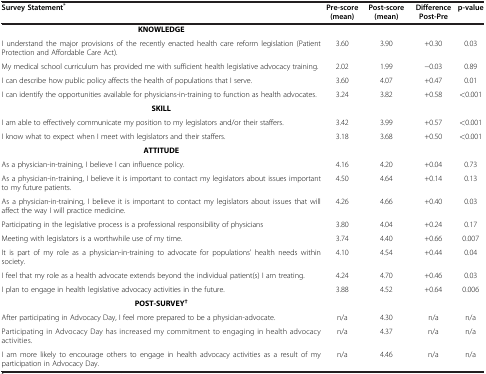
| Survey Statement* | Pre-score (mean) | Post-score (mean) | Difference Post-Pre | p-value |
 | --- | --- | --- | --- | --- |
 | KNOWLEDGE |  |  |  |  |
 | I understand the major provisions of the recently enacted health care reform legislation (Patient Protection and Affordable Care Act). | 3.60 | 3.90 | +0.30 | 0.03 |
 | My medical school curriculum has provided me with sufficient health legislative advocacy training. | 2.02 | 1.99 | −0.03 | 0.89 |
 | I can describe how public policy affects the health of populations that I serve. | 3.60 | 4.07 | +0.47 | 0.01 |
 | I can identify the opportunities available for physicians-in-training to function as health advocates. | 3.24 | 3.82 | +0.58 | <0.001 |
 | SKILL |  |  |  |  |
 | I am able to effectively communicate my position to my legislators and/or their staffers. | 3.42 | 3.99 | +0.57 | <0.001 |
 | I know what to expect when I meet with legislators and their staffers. | 3.18 | 3.68 | +0.50 | <0.001 |
 | ATTITUDE |  |  |  |  |
 | As a physician-in-training, I believe I can influence policy. | 4.16 | 4.20 | +0.04 | 0.73 |
 | As a physician-in-training, I believe it is important to contact my legislators about issues important to my future patients. | 4.50 | 4.64 | +0.14 | 0.13 |
 | As a physician-in-training, I believe it is important to contact my legislators about issues that will affect the way I will practice medicine. | 4.26 | 4.66 | +0.40 | 0.03 |
 | Participating in the legislative process is a professional responsibility of physicians | 3.80 | 4.04 | +0.24 | 0.17 |
 | Meeting with legislators is a worthwhile use of my time. | 3.74 | 4.40 | +0.66 | 0.007 |
 | It is part of my role as a physician-in-training to advocate for populations' health needs within society. | 4.10 | 4.54 | +0.44 | 0.04 |
 | I feel that my role as a health advocate extends beyond the individual patient(s) I am treating. | 4.24 | 4.70 | +0.46 | 0.03 |
 | I plan to engage in health legislative advocacy activities in the future. | 3.88 | 4.52 | +0.64 | 0.006 |
 | POST-SURVEY† |  |  |  |  |
 | After participating in Advocacy Day, I feel more prepared to be a physician-advocate. | n/a | 4.30 | n/a | n/a |
 | Participating in Advocacy Day has increased my commitment to engaging in health advocacy activities. | n/a | 4.37 | n/a | n/a |
 | I am more likely to encourage others to engage in health advocacy activities as a result of my participation in Advocacy Day. | n/a | 4.46 | n/a | n/a |